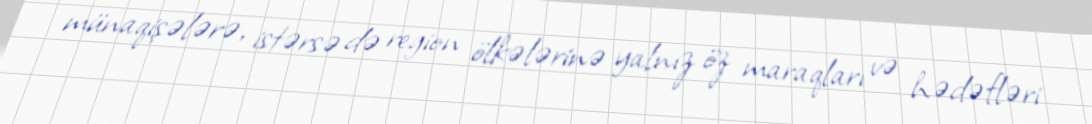
münaqişələrə, istərsə də region ölkələrinə yalnız öz maraqları və hədəfləri